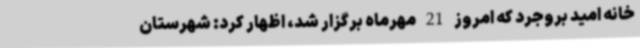
خانه امید بروجرد که امروز 21 مهرماه برگزار شد، اظهار کرد: شهرستان